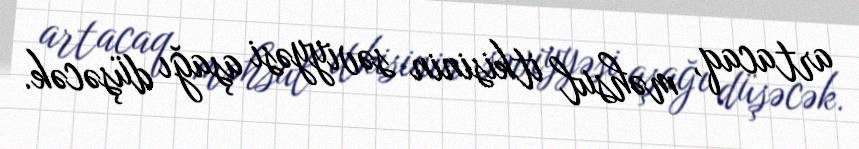
artacaq, məhsul itkisinin səviyyəsi aşağı düşəcək.